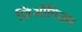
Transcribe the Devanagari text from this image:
जिओंगिउम